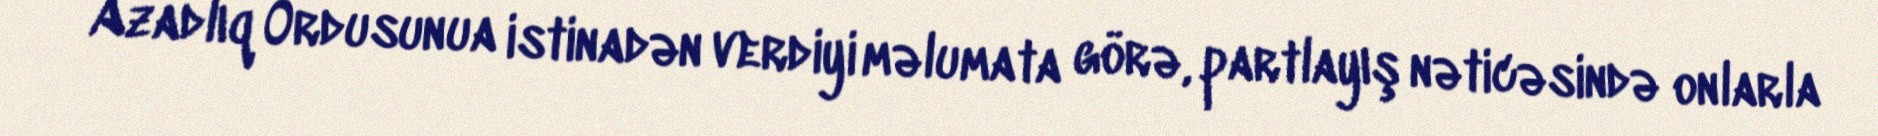
Azadlıq Ordusunua istinadən verdiyi məlumata görə, partlayış nəticəsində onlarla